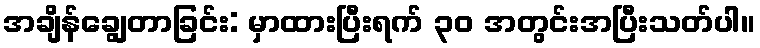
အချိန်ချွေတာခြင်း: မှာထားပြီးရက် ၃၀ အတွင်းအပြီးသတ်ပါ။